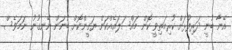
އޭނާ ބުނީ ދަރިފުޅަށް ކުރިމަތިވީ ކޮން މައްސަލައެއްކަން ޔަގީންކޮށް ބުނަން ނޭނގުނު ނަމަވެސް